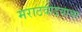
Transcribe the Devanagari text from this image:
मराठवाडयाचा